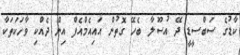
ކާޑުގެ ސަބްސީޑީ ދޭ އުސޫލާ ބެހޭ ގޮތުން އައިއެމްއެފް އިން ދެއްކި ވާހަކަތަކާ